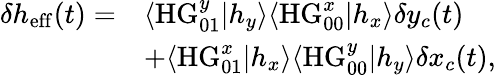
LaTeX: \begin{array}{rl}{\delta h_{\mathrm{eff}}(t)=}&{\langle\mathrm{HG}_{01}^{y}|h_{y}\rangle\langle\mathrm{HG}_{00}^{x}|h_{x}\rangle\delta y_{c}(t)}\\ &{+\langle\mathrm{HG}_{01}^{x}|h_{x}\rangle\langle\mathrm{HG}_{00}^{y}|h_{y}\rangle\delta x_{c}(t),}\end{array}